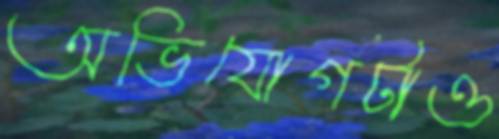
অভিযোগটাও